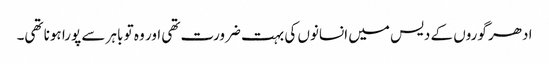
ادھر گوروں کے دیس میں انسانوں کی بہت ضرورت تھی اور وہ تو باہر سے پورا ہونا تھی۔